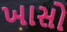
ખાસો